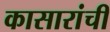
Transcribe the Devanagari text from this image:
कासारांचीं